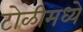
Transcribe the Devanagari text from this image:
टोळीमध्ये